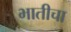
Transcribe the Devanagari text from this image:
भातीचा